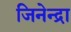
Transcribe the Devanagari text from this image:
जिनेन्द्रा